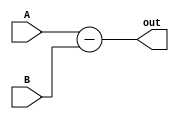
module sub_16(
  input [15:0] A,
  input [15:0] B,
  output [15:0] out
);
  
  assign out = A - B;
  
endmodule